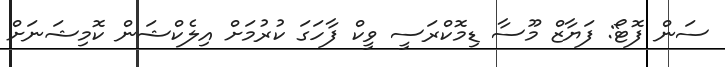
ސަން ފޮޓޯ: ފަޔާޒް މޫސާ ޑިމޮކްރަސީ ވީކް ފާހަގަ ކުރުމަށް އިލެކްޝަން ކޮމިޝަނަށް